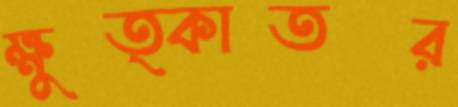
ক্ষুত্কাতর